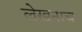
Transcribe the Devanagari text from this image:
लेखनाचं